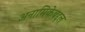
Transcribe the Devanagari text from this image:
अनामिकेबद्दल